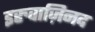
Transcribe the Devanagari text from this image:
इरुवाज़िनद